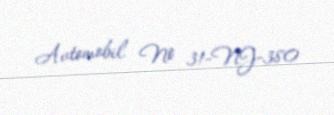
Avtomobil № 31-NJ-380